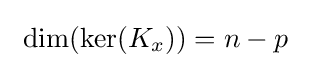
\ \dim(\ker(K_{x}))=n-p~